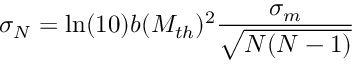
\sigma _ { N } = \ln ( 1 0 ) b ( M _ { t h } ) ^ { 2 } \frac { \sigma _ { m } } { \sqrt { N ( N - 1 ) } }